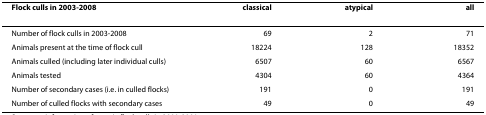
| Flock culls in 2003-2008 | classical | atypical | all |
 | --- | --- | --- | --- |
 | Number of flock culls in 2003-2008 | 69 | 2 | 71 |
 | Animals present at the time of flock cull | 18224 | 128 | 18352 |
 | Animals culled (including later individual culls) | 6507 | 60 | 6567 |
 | Animals tested | 4304 | 60 | 4364 |
 | Number of secondary cases (i.e. in culled flocks) | 191 | 0 | 191 |
 | Number of culled flocks with secondary cases | 49 | 0 | 49 |